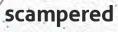
scampered